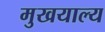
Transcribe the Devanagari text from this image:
मुखयाल्य